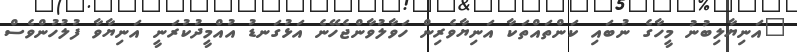
"އަނިޔާލިބުނު މީހާގެ ނުބައި ކަންތައްތަކާ އަނިޔާވެރިން ހަވާލުވާންޖެހޭނެ އަޅުގަނޑު އުއްމީދުކުރަނީ އަނިޔާވާ ފުލުހުންވެސް